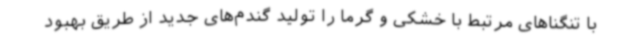
با تنگناهای مرتبط با خشکی و گرما را تولید گندم‌های جدید از طریق بهبود